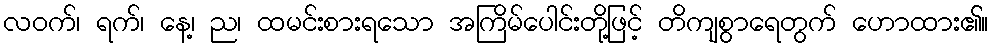
လဝက်၊ ရက်၊ နေ့၊ ည၊ ထမင်းစားရသော အကြိမ်ပေါင်းတို့ဖြင့် တိကျစွာရေတွက် ဟောထား၏။